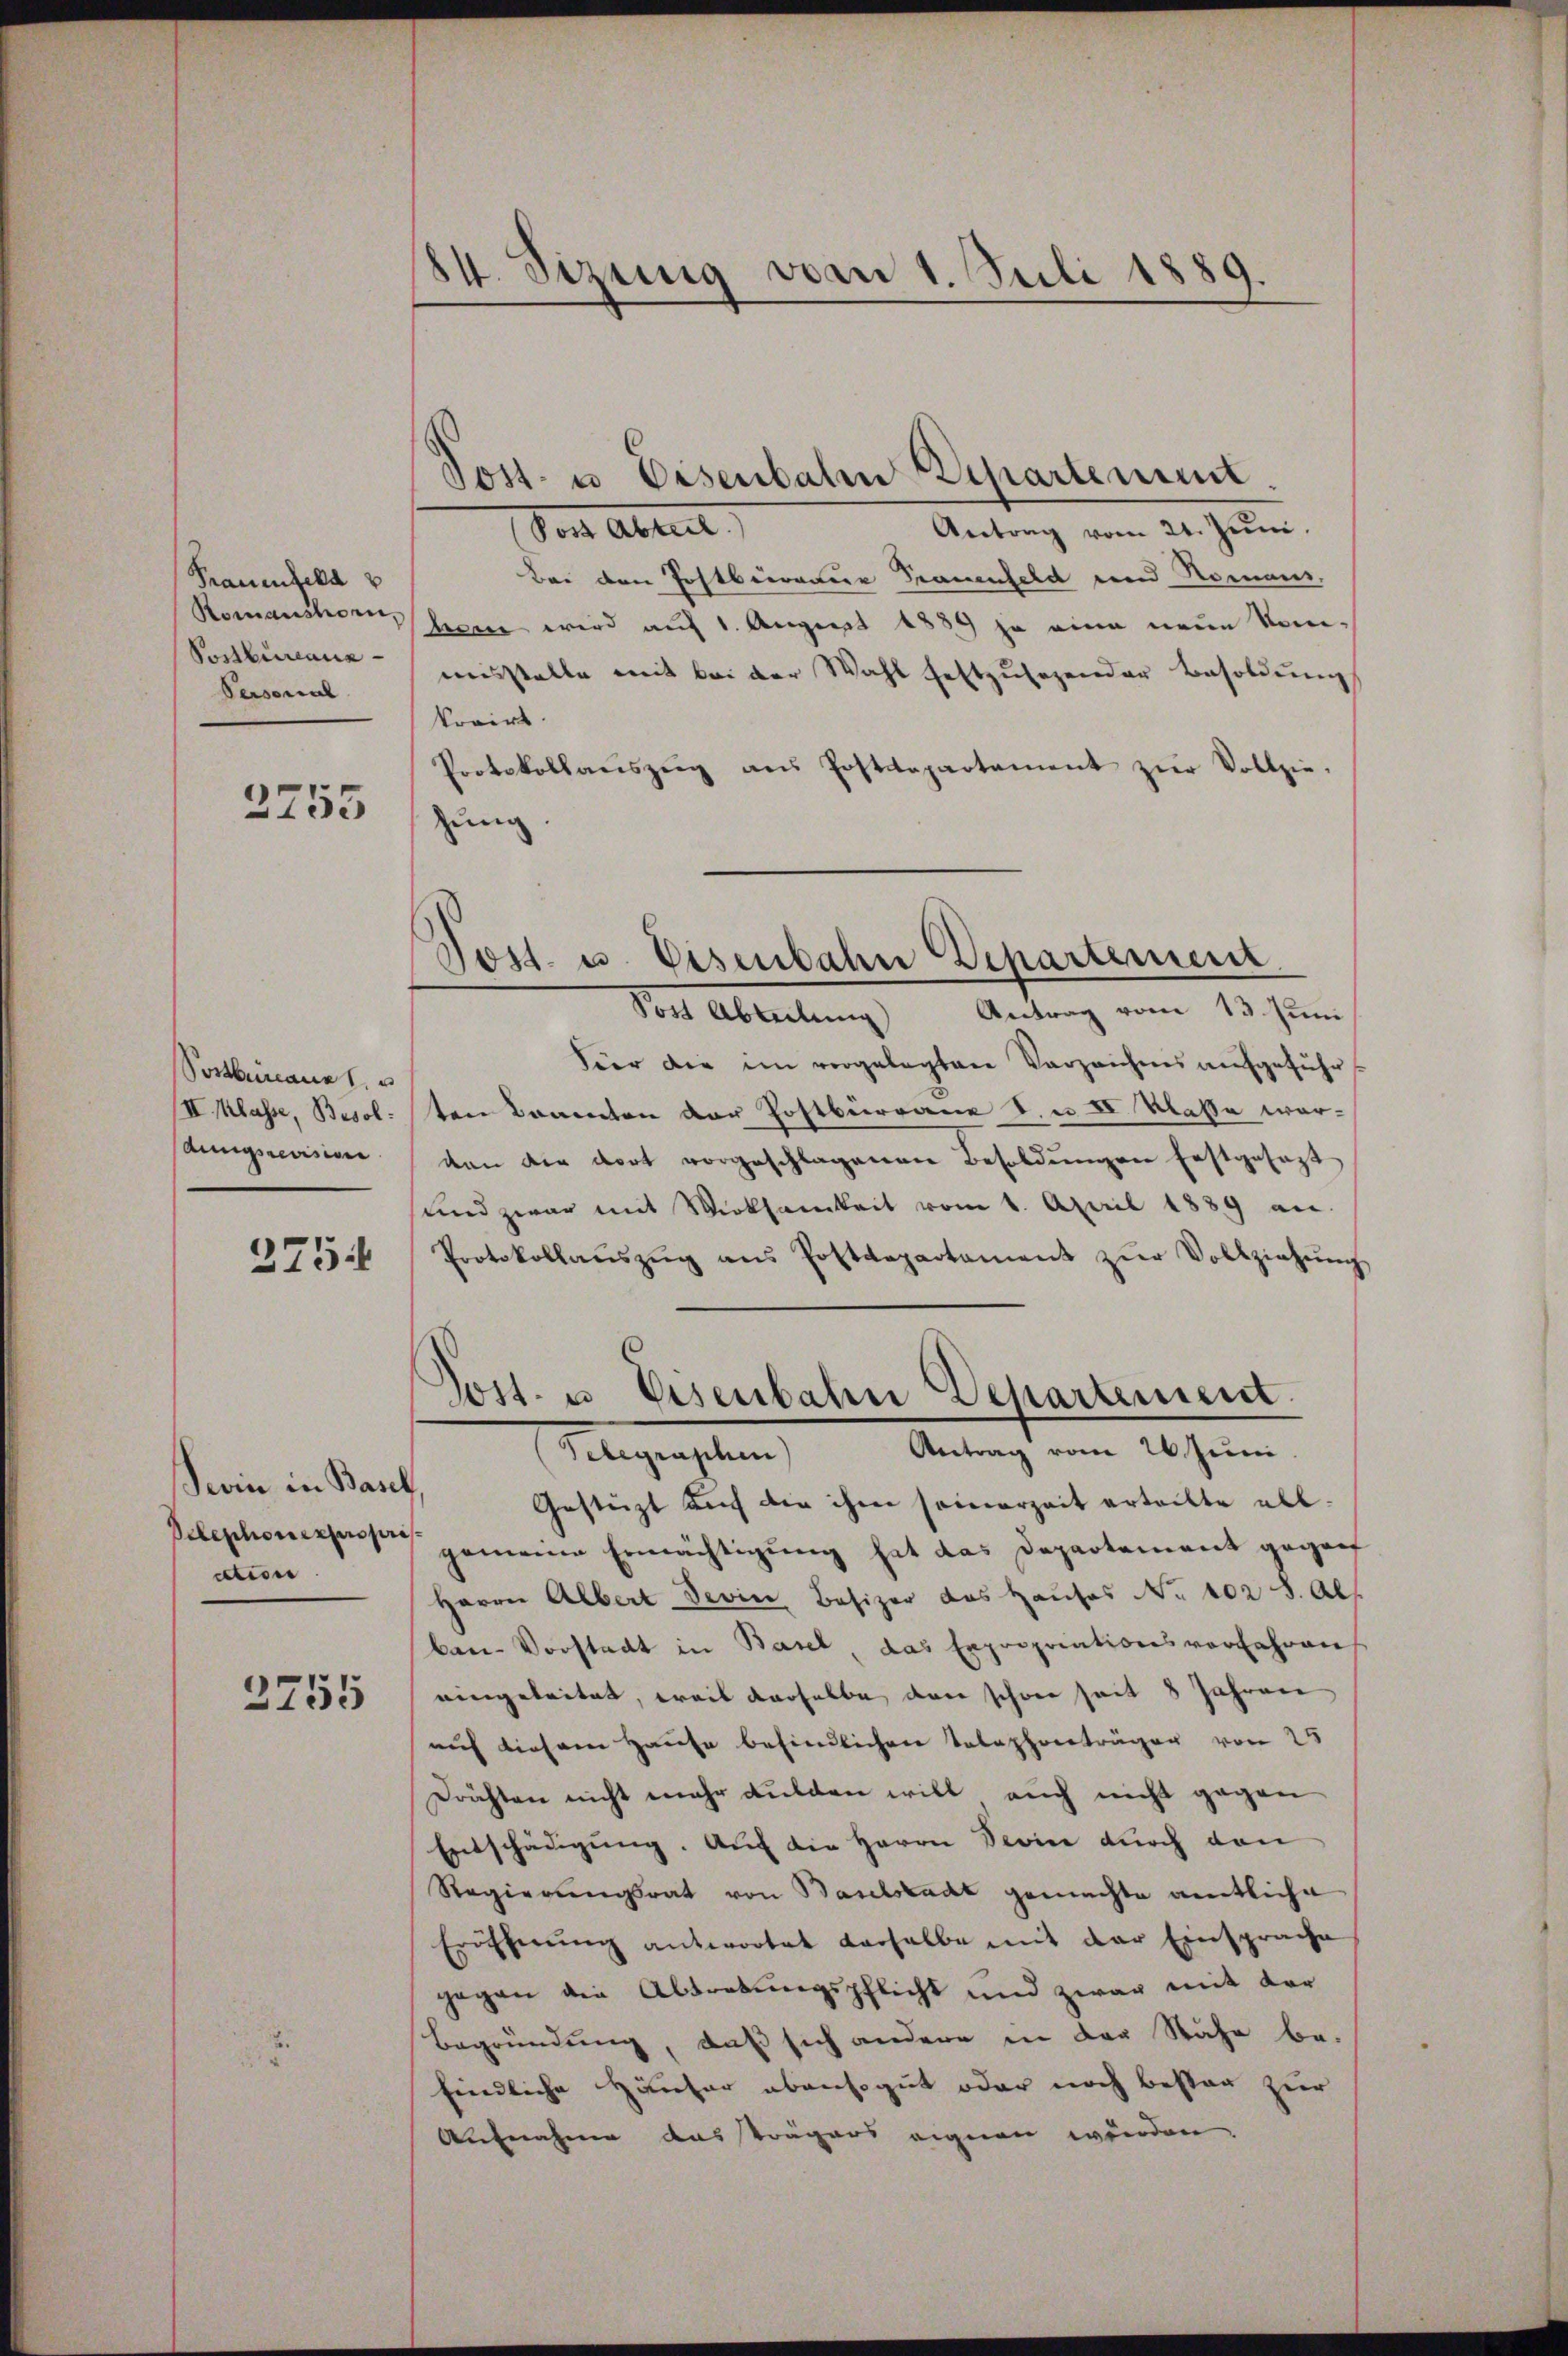
Frauenfeld
Romanshorn,
Postbureaux
Personal

2755

Postbeinaue
II. Klasse, Besol
Aungsrevision

275

Sein in Basel,
ction

3755

84. Sizung vom 1. Juli 1889.

Post- u Eisenbahn Departement.
Antrag vom 24. Juni.
Vor Abreit
Bei den Postbereine Trauenfeld und Romans,
ben wird auf 1. August 1889 ja eine neue Komasstelle mit bei der Wahl festzŭsezender Besoldŭng
korirt.
Protokollauszug aus Postdepartament zŭr Vollzie-
hung
Post Abteilŭng Antrag vom 13. Juni
dier die im vorgelegten Verzeichnis aufgeführten kamenten der Postburgane S. u II Klasse worvan die dort vorgeschlagenen Besoldungen festgesagt
sund zwar mit Wirksamkeit vom 1. April 1839 an.
Protokollaŭszŭg ans Postdepartament zŭr Vollziehŭng
Jost u. Eisenbahn Departement.
Antrag vom 26. Juni.
Flegensten
Gestüzt auf die ihm seinerzeit erteilte abl.
Selephonerpreser gemeine Ermächtigŭng hat das Departement geganf
Herrn Albert devin Besizer das Hauses No 102 S. Al
ben-Vorstadt in Basel, das Expropriationsvorfahren
eingeleitet, weis derselbe dann schwer seit 8 Jahren
auf diesem Hause befindlichen Telephoneträger von 25
Drächten nicht mehr dulden will auch nicht gegen
Entschädigung. Auf die Herrn Device durch den
Regierungsrat von Baselstadt gemachte amtliche
Eröffnŭng antwortet derselbe mit der Einsprache
gegen die Abtretungspflicht und zwar mit der
Begründung, daß sich andere in der Nähe be-
findliche Häuser abensogut oder noch bessen zur
Aufnahme aussträgers eignen wurden.

Post. u. Eisenbahn Departement